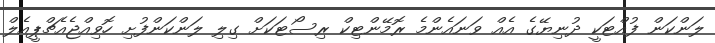
ލަންކަން ފުއްޓަކީ ދުނިޔޭގެ އެއް ވަނައެންމެ ރޮމޭންޓިކް ރިސޯޓަކަށް ގިލި ލަންކަންފުށި ހޮވިއްޖެއެޗްޕީއެލް